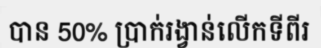
បាន 50% ប្រាក់រង្វាន់លើកទីពីរ